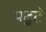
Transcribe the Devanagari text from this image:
पट॒टे